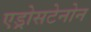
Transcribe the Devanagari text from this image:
एड्रोसटेनोन